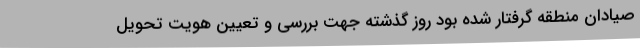
صیادان منطقه گرفتار شده بود روز گذشته جهت بررسی و تعیین هویت تحویل